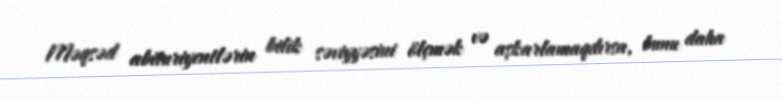
Məqsəd abituriyentlərin bilik səviyyəsini ölçmək və aşkarlamaqdırsa, bunu daha